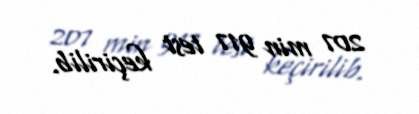
207 min 917 test keçirilib.